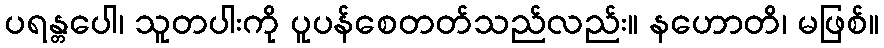
ပရန္တပေါ၊ သူတပါးကို ပူပန်စေတတ်သည်လည်း။ နဟောတိ၊ မဖြစ်။